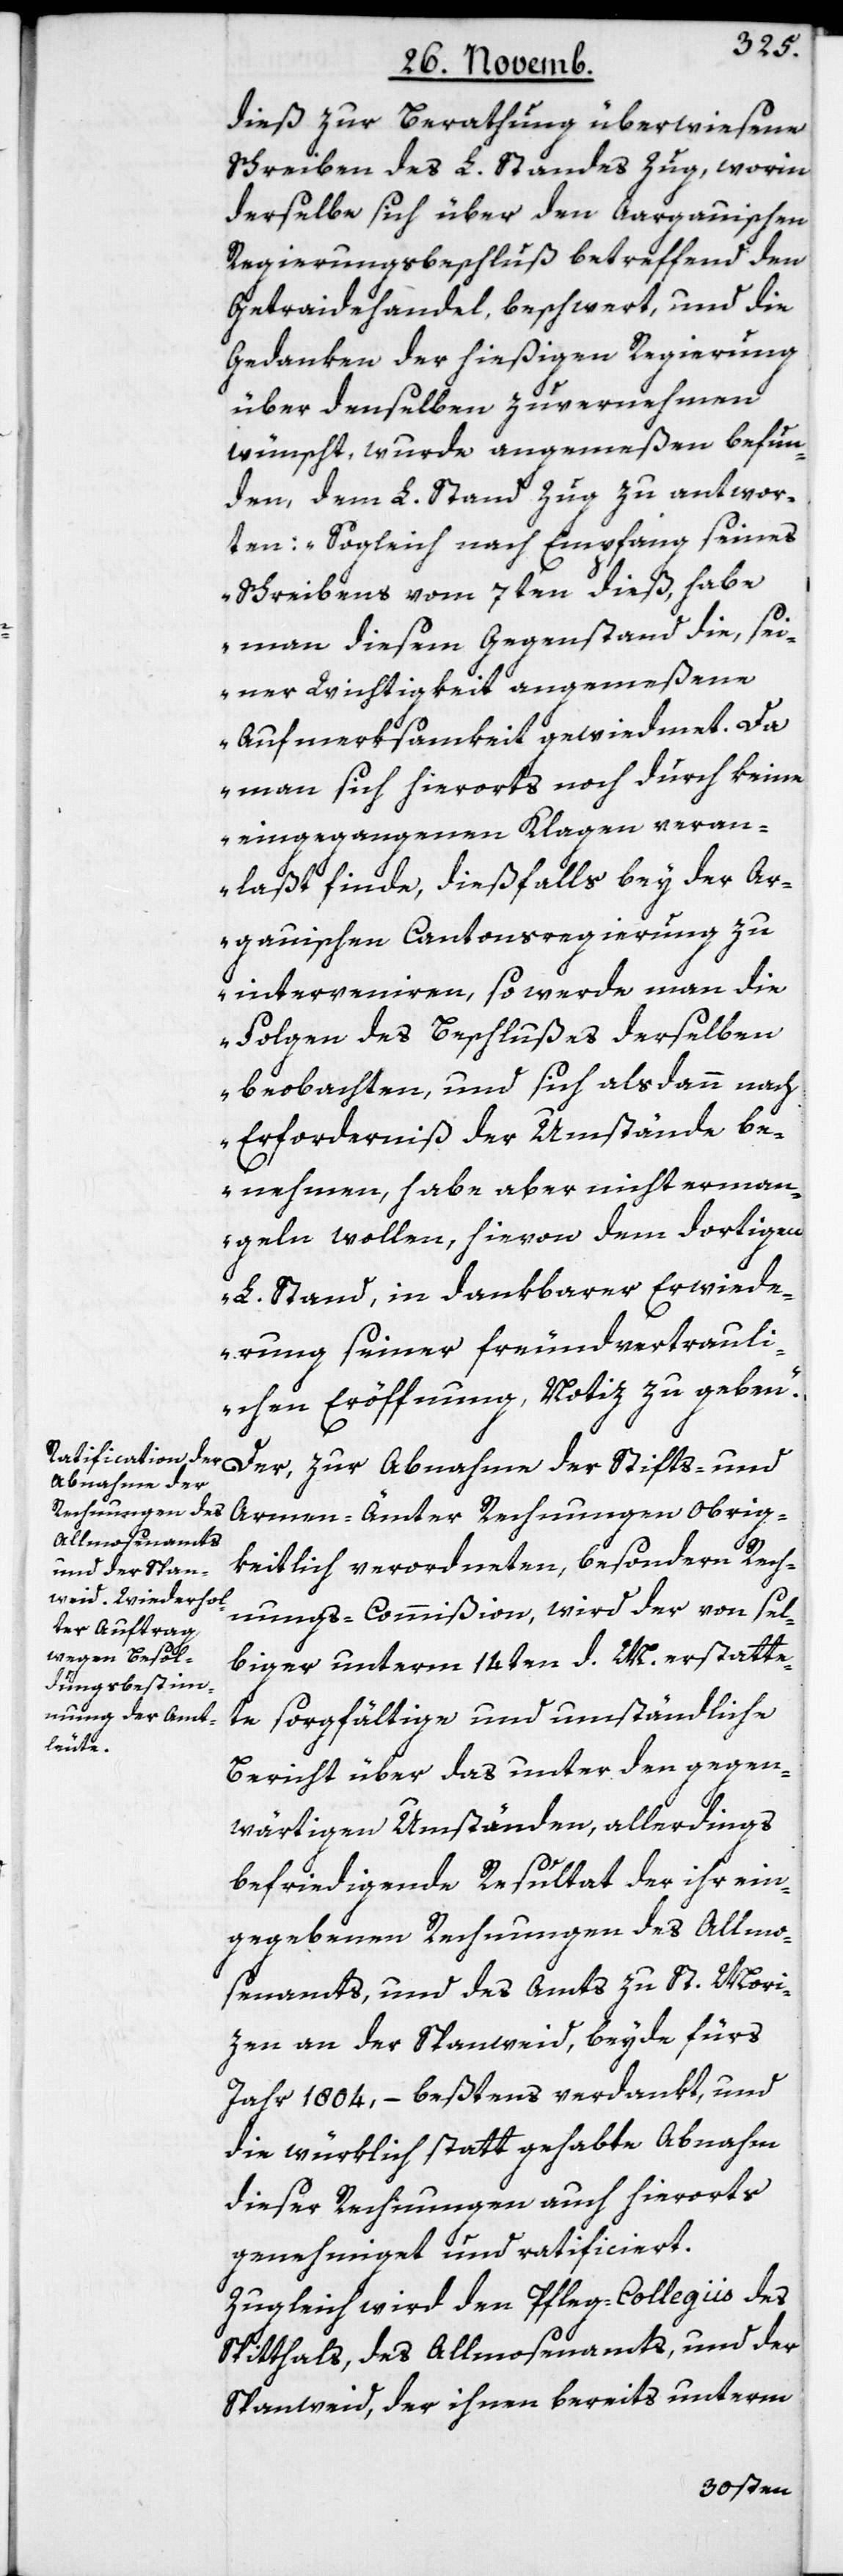
dieß zur Berathung überwiesene
Schreiben des L. Standes Zug, worin
derselbe sich über den Aargauischen
Regierungsbeschluß betreffend den
Getraidehandel, beschwert, und die
Gedanken der hießigen Regierung
über denselben zu vernehmen
wünscht, wurde angemeßen befun¬
den, dem L. Stand Zug zu antwor¬
ten: „Sogleich nach Empfang seines
Schreibens vom 7ten dieß, habe
man diesem Gegenstand die, sei¬
ner Wichtigkeit angemeßene
Aufmerksamkeit gewiedmet. Da
man sich hierorts noch durch keine
eingegangenen Klagen veran¬
laßt finde, dießfalls bey der Ar¬
gauischen Cantonsregierung zu
intervenieren, so werde man die
Folgen des Beschlußes derselben
beobachten, und sich alsdann nach
Erforderniß der Umstände be¬
nehmen, habe aber nicht erman¬
geln wollen, hievon dem dortigen
L. Stand in dankbarer Erwide¬
rung seiner freundvertrauli¬
chen Eröffnung, Notiz zu geben“.
Abnahme der
Armen-Ämter-Rechnungen Obrig¬
keitlich verordneten, besondern Rech¬
nungs-Commißion, wird der von sel¬
biger unterm 14ten d. M. erstatte¬
te sorgfältige und umständliche
Bericht über das unter den gegen¬
wärtigen Umständen, allerdings
befriedigende Resultat der ihr ein¬
gegebenen Rechnungen des Allmo¬
senamts und des Amts zu St. Mori¬
zen an der Spanweid, beyde fürs
Jahr 1804, – beßtens verdankt, und
die würklich statt gehabte Abnahm
dieser Rechnungen auch hierorts
genehmiget und ratificiert.
Zugleich wird den Pfleg-Collegiis des
Spitthals, des Allmosenamts, und der
Spanweid, der ihnen bereits unterm